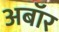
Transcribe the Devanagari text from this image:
अबॉर